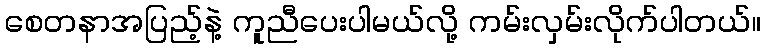
စေတနာအပြည့်နဲ့ ကူညီပေးပါမယ်လို့ ကမ်းလှမ်းလိုက်ပါတယ်။